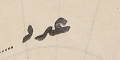
عدد